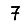
Digit: 7